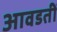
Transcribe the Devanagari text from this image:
आवडतीं